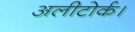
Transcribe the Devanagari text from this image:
अलीटोर्क।